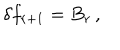
LaTeX: \delta f _ { r + 1 } = B _ { r } \, ,